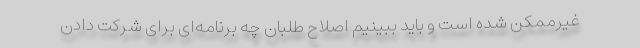
غیرممکن شده است و باید ببینیم اصلاح طلبان چه برنامه‌ای برای شرکت دادن